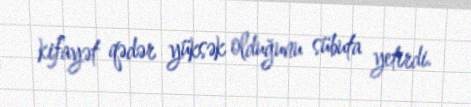
kifayət qədər yüksək olduğunu sübuta yetirdi.